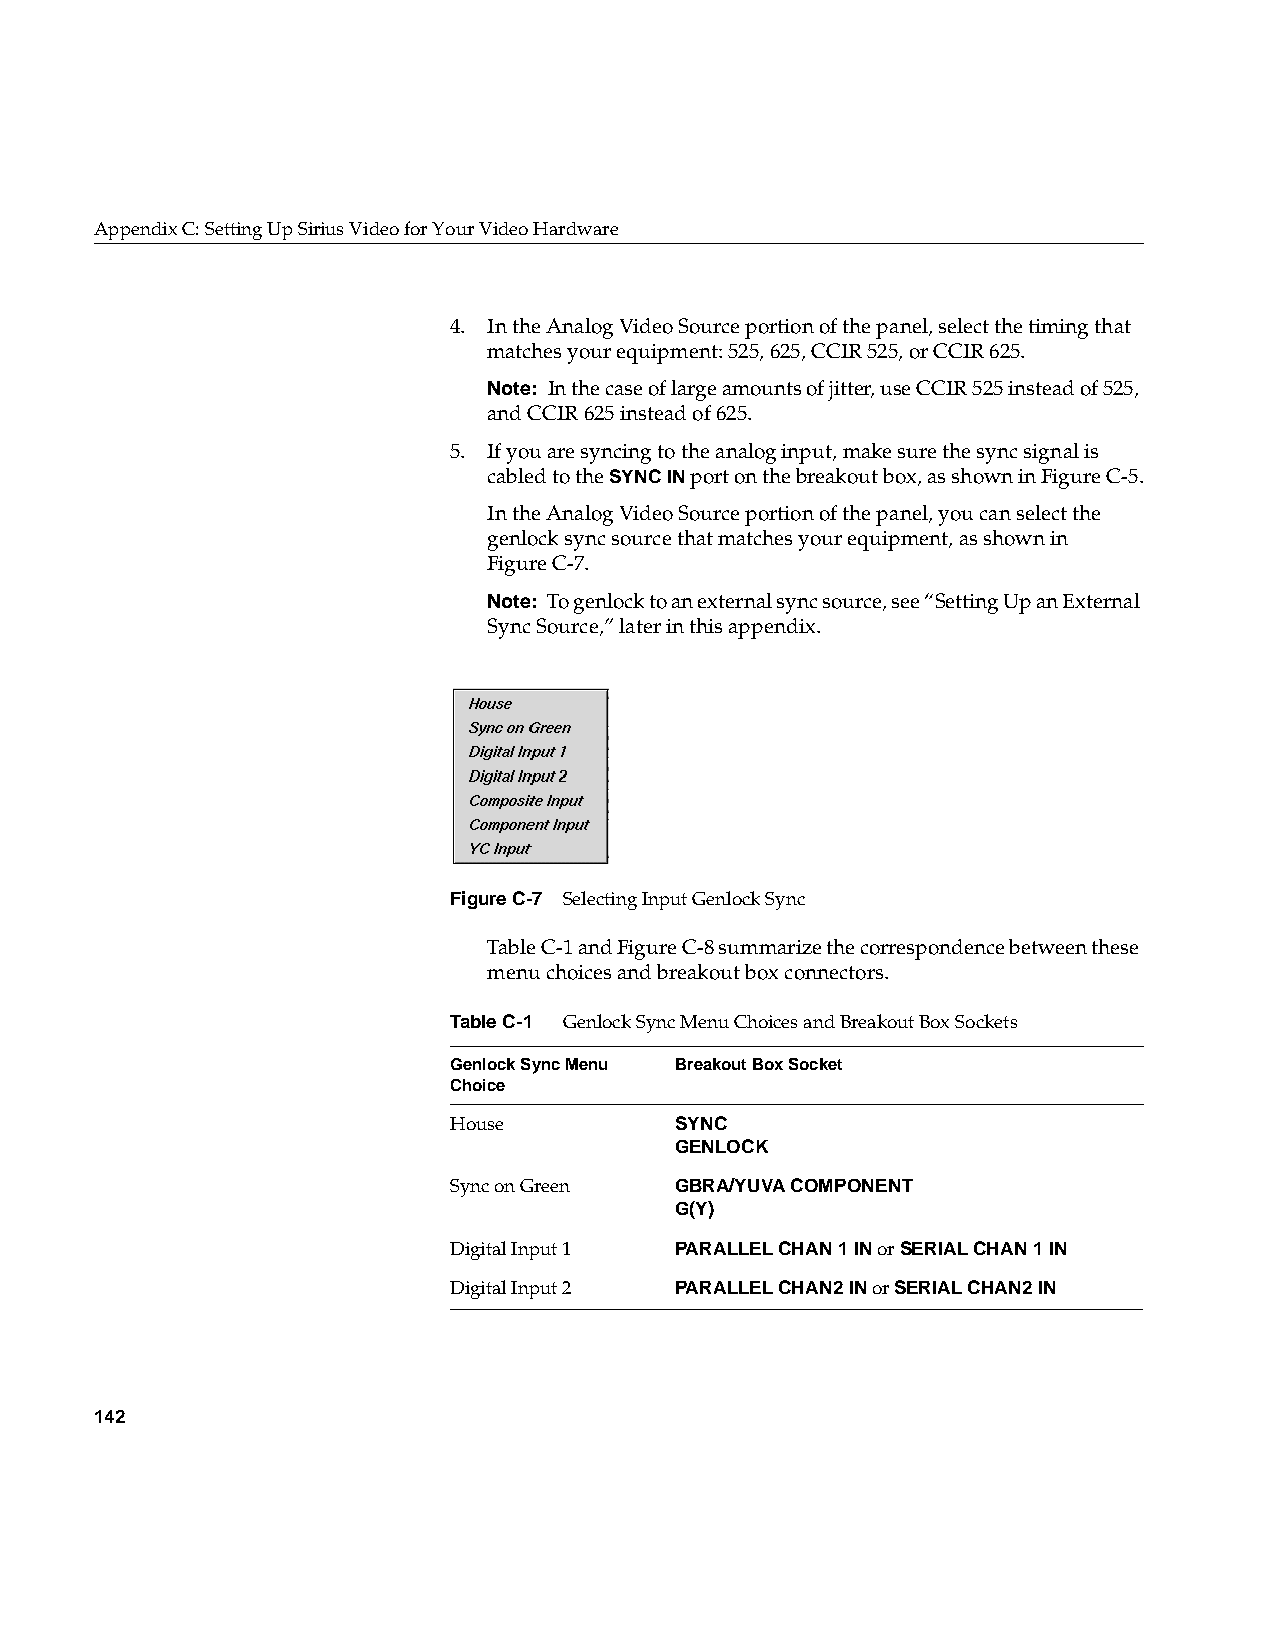
AppendixC: Setting Up Sirius Video for Your Video Hardware
 4. In the Analog Video Source portion of the panel, select the timing that
 matches your equipment: 525, 625, CCIR 525, or CCIR 625.
 Note: In the case of large amounts of jitter, use CCIR 525 instead of 525,
 and CCIR 625 instead of 625.
 5. If you are syncing to the analog input, make sure the sync signal is
 cabled to theSYNC IN port on the breakout box, as shown in FigureC-5.
 In the Analog Video Source portion of the panel, you can select the
 genlock sync source that matches your equipment, as shown in
 FigureC-7.
 Note: To genlock to an external sync source, see “Setting Up an External
 Sync Source,” later in this appendix.
 FigureC-7 Selecting Input Genlock Sync
 TableC-1 and FigureC-8 summarize the correspondence between these
 menu choices and breakout box connectors.
 TableC-1 Genlock Sync Menu Choices and Breakout Box Sockets
 Genlock Sync Menu Breakout Box Socket
 Choice
 House          SYNC
 GENLOCK
 Sync on Green  GBRA/YUVA COMPONENT
 G(Y)
 Digital Input 1 PARALLEL CHAN 1 IN orSERIAL CHAN 1 IN
 Digital Input 2 PARALLEL CHAN2 IN orSERIAL CHAN2 IN
 142